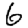
Digit: 6